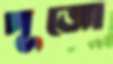
পূজো